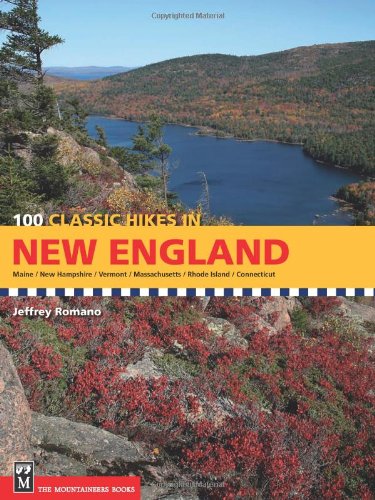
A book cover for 100 Classic Hikes in New England: Maine / New Hampshire / Vermont / Massachusetts / Rhode Island / Connecticut; Jeffrey Romano; Sports & Outdoors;